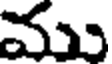
ము